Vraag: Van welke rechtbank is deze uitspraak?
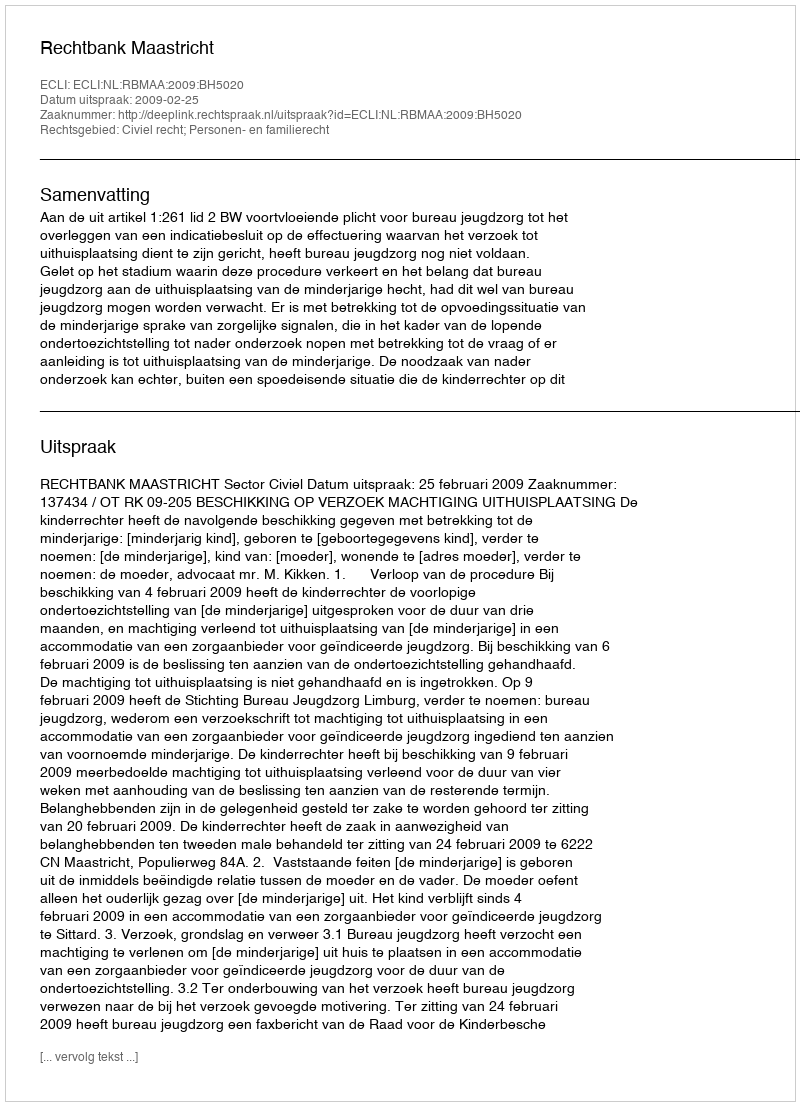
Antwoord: Rechtbank Maastricht